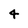
Character: 4